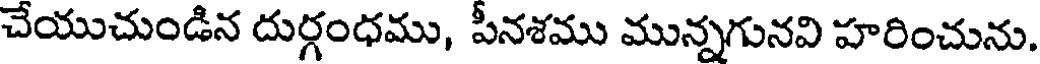
చేయుచుండిన దుర్గంధము, పీనశము మున్నగునవి హరించును.